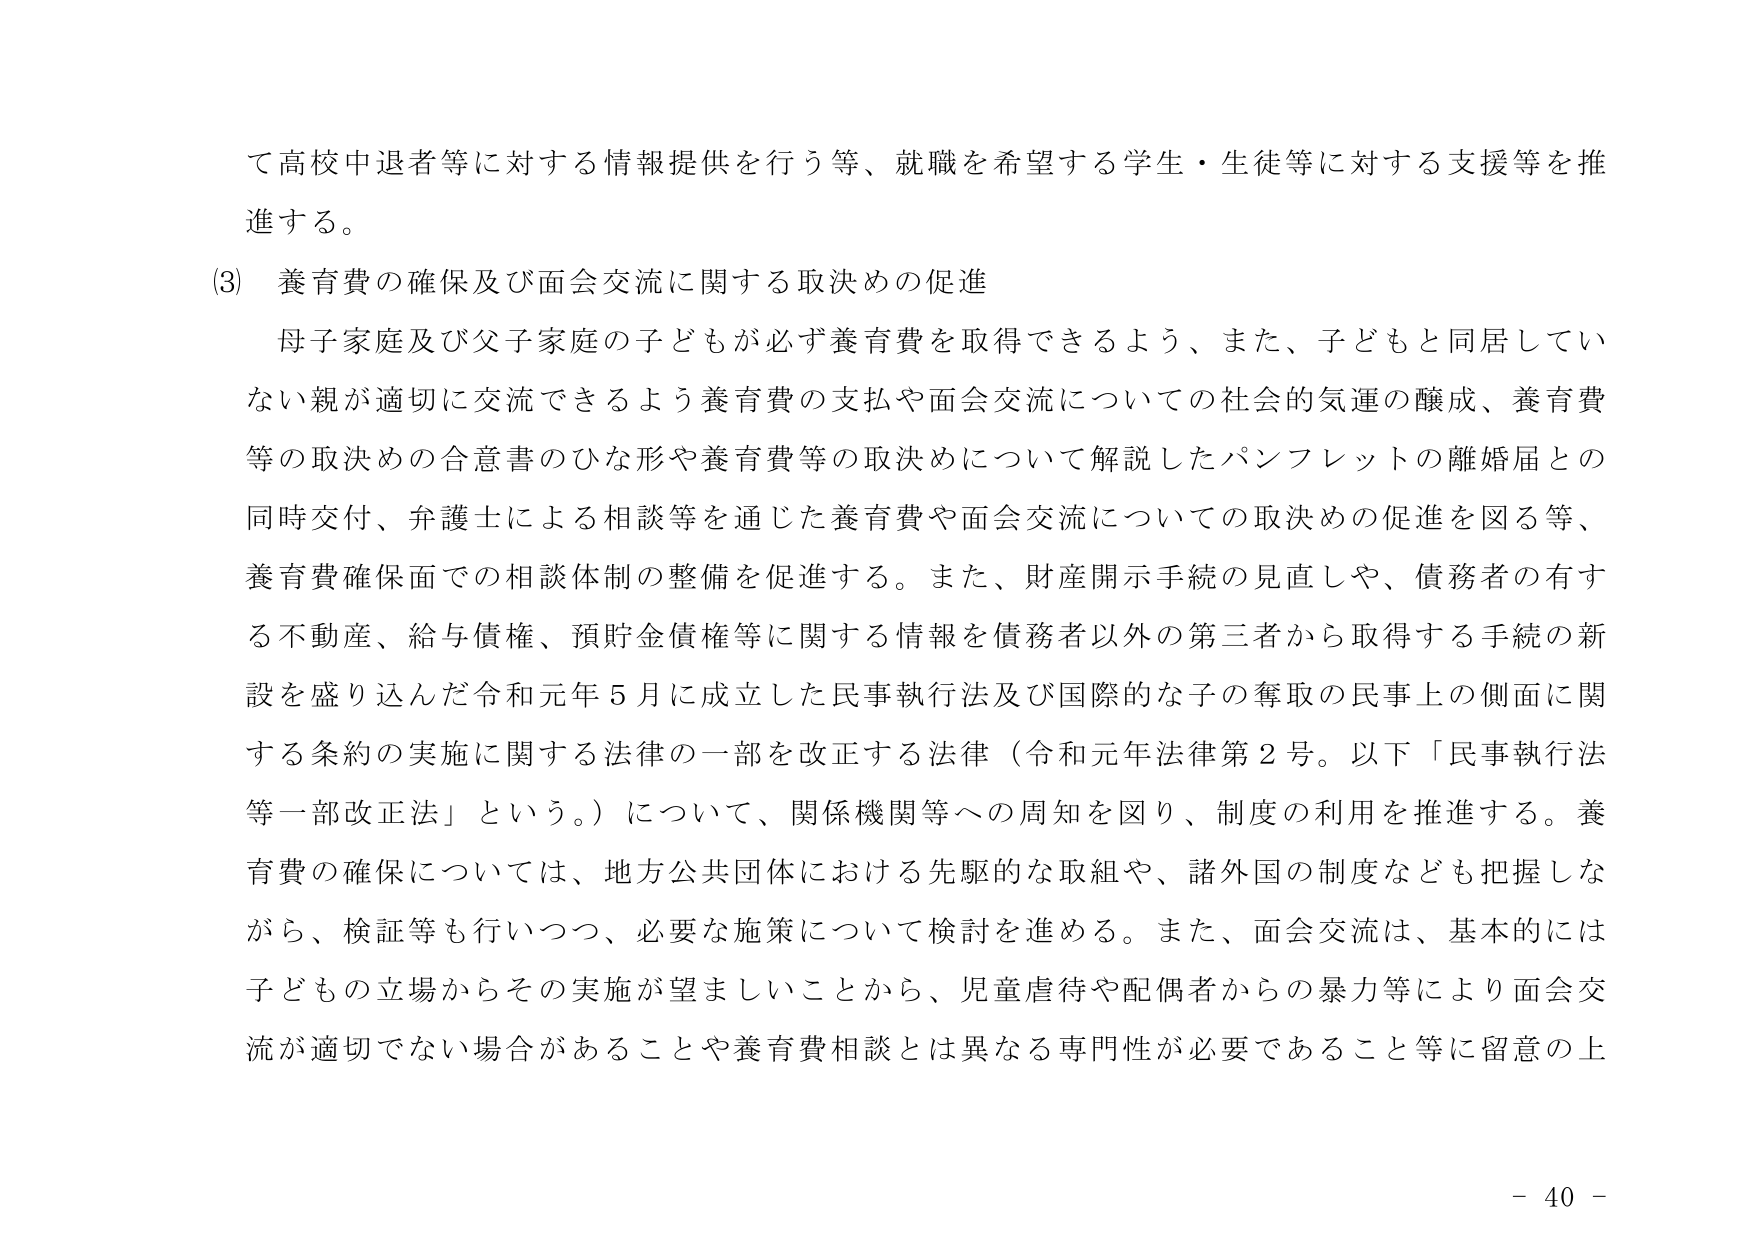
て高校中退者等に対する情報提供を行う等、就職を希望する学生・生徒等に対する支援等を推進する。

(3) 養育費の確保及び面会交流に関する取決めの促進

母子家庭及び父子家庭の子どもが必ず養育費を取得できるよう、また、子どもと同居していない親が適切に交流できるよう養育費の支払や面会交流についての社会的気運の醸成、養育費等の取決めの合意書のひな形や養育費等の取決めについて解説したパンフレットの離婚届との同時交付、弁護士による相談等を通じた養育費や面会交流についての取決めの促進を図る等、養育費確保面での相談体制の整備を促進する。また、財産開示手続の見直しや、債務者の有する不動産、給与債権、預貯金債権等に関する情報を債務者以外の第三者から取得する手続の新設を盛り込んだ令和元年5月に成立した民事執行法及び国際的な子の奪取の民事上の側面に関する条約の実施に関する法律の一部を改正する法律（令和元年法律第2号。以下「民事執行法等一部改正法」という。）について、関係機関等への周知を図り、制度の利用を推進する。養育費の確保については、地方公共団体における先駆的な取組や、諸外国の制度なども把握しながら、検証等も行いつつ、必要な施策について検討を進める。また、面会交流は、基本的には子どもの立場からその実施が望ましいことから、児童虐待や配偶者からの暴力等により面会交流が適切でない場合があることや養育費相談とは異なる専門性が必要であること等に留意の上

- 40 -